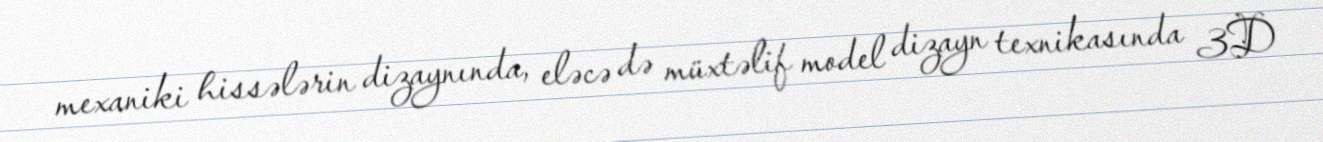
mexaniki hissələrin dizaynında, eləcə də müxtəlif model dizayn texnikasında 3D